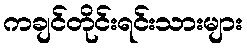
ကချင်တိုင်းရင်းသားများ